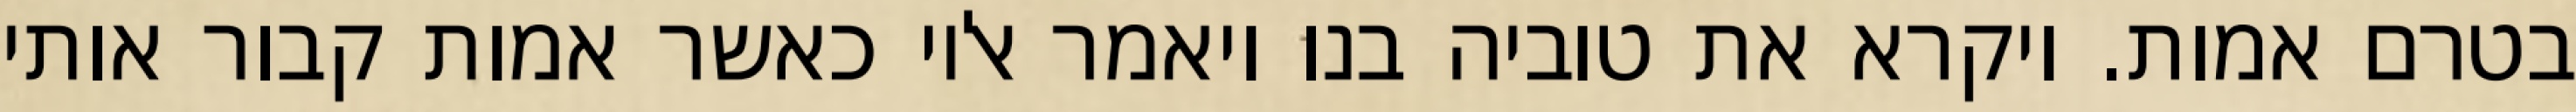
בטרם אמות. ויקרא את טוביה בנו ויאמר אליו כאשר אמות קבור אותי